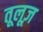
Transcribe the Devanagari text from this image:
तूलूज़